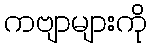
ကဗျာများကို